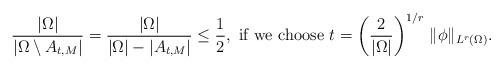
LaTeX: \begin{align*}\frac{|\Omega|}{|\Omega\setminus A_{t,M}|}=\frac{|\Omega|}{|\Omega|-|A_{t,M}|}\le \frac{1}{2},\mbox{ if we choose } t=\left(\frac{2}{|\Omega|}\right)^{1/r}\,\|\phi\|_{L^r(\Omega)}.\end{align*}